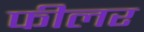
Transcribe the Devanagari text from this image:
फीलर